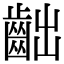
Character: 𪗨